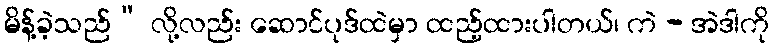
မိန့်ခဲ့သည်” လို့လည်း ဆောင်ပုဒ်ထဲမှာ ထည့်ထားပါတယ်၊ ကဲ - အဲဒါကို